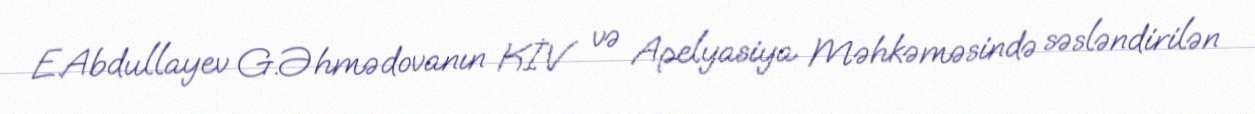
E.Abdullayev G.Əhmədovanın KİV və Apelyasiya Məhkəməsində səsləndirilən